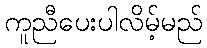
ကူညီပေးပါလိမ့်မည်